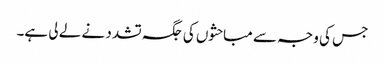
جس کی وجہ سے مباحثوں کی جگہ تشدد نے لے لی ہے۔